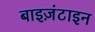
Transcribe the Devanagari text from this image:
बाइज़ंटाइन